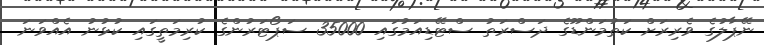
ނޭޕާލުގެ ވެރިރަށް ކަތުމަންޑޫގެ ދަސްރަތު ސްޓޭޑިއަމުގައި 35000 ސަޕޯޓަރުންގެ ކުރިމަތީގައި ކުޅުނު އެއްވަނަ